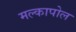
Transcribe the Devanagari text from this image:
मल्कापोल